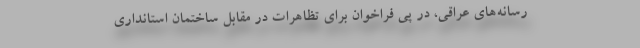
رسانه‌های عراقی، در پی فراخوان برای تظاهرات در مقابل ساختمان استانداری